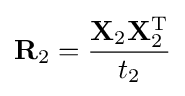
\mathbf {R} _{2}={\frac {\mathbf {X} _{2}\mathbf {X} _{2}^{\text{T}}}{t_{2}}}